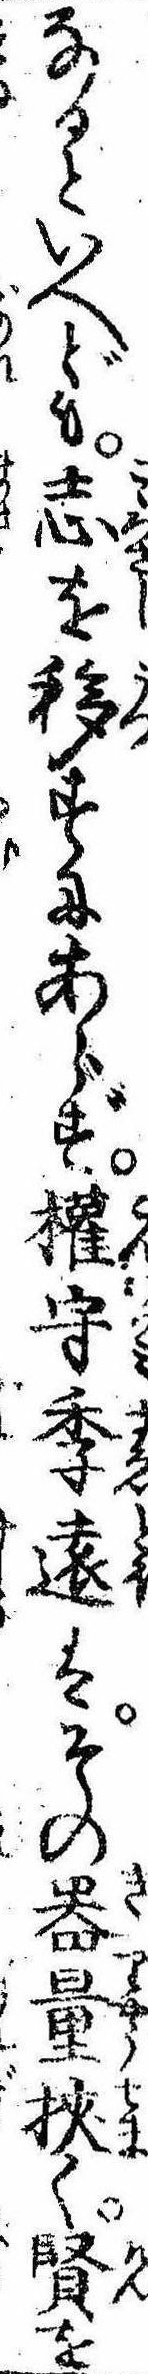
なるといへども志を移すにあらず権守季遠はその器量狭く賢を